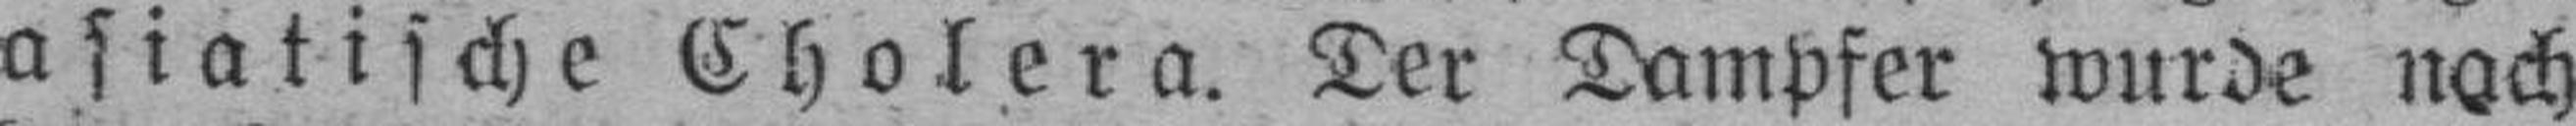
asiatische Cholera. Der Dampfer wurde nach